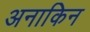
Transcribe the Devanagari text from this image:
अनाकिन